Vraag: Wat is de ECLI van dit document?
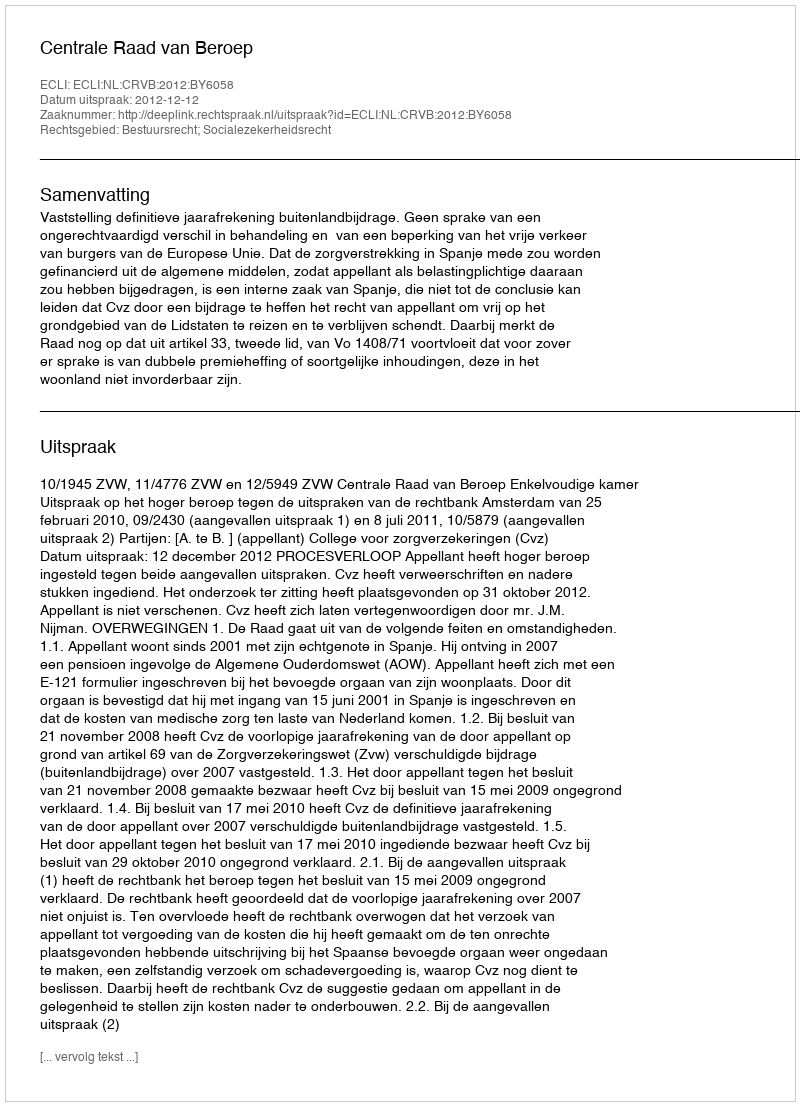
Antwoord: ECLI:NL:CRVB:2012:BY6058